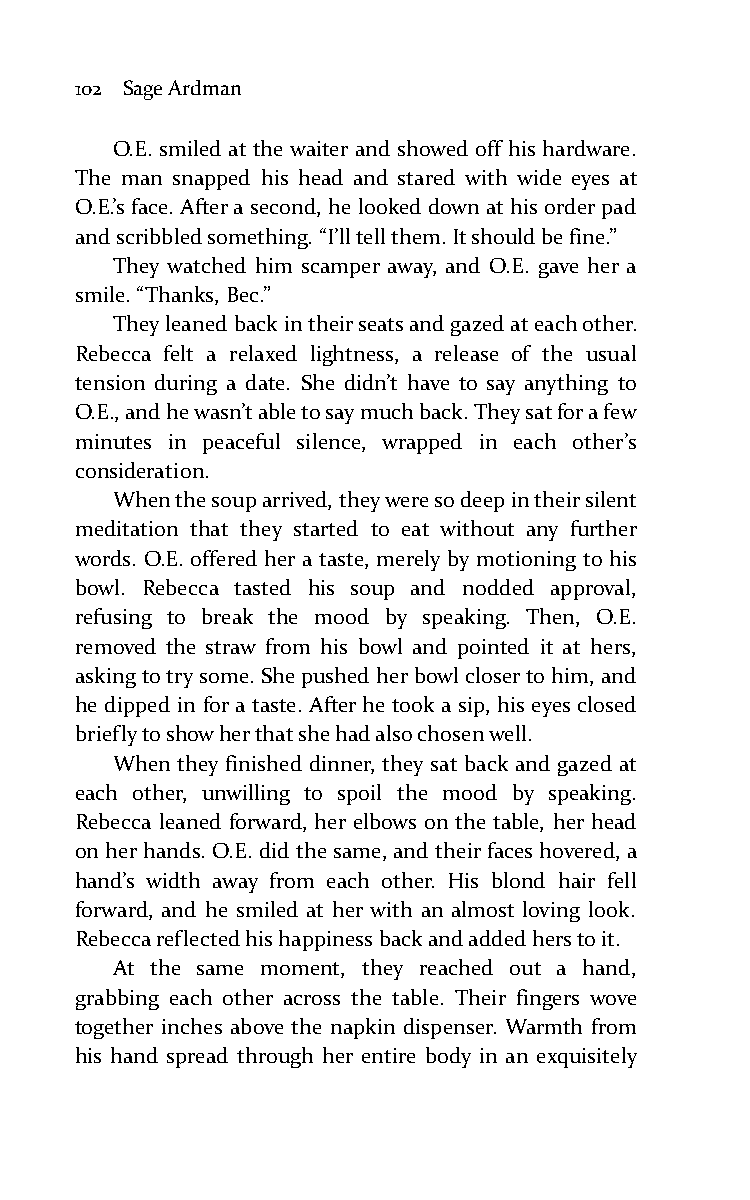
102 Sage Ardman
 O.E. smiled at the waiter and showed off his hardware.
 The man snapped his head and stared with wide eyes at
 O.E.’s face. After a second, he looked down at his order pad
 and scribbled something. “I’ll tell them. It should be fine.”
 They watched him scamper away, and O.E. gave her a
 smile. “Thanks, Bec.”
 They leaned back in their seats and gazed at each other.
 Rebecca felt a relaxed lightness, a release of the usual
 tension during a date. She didn’t have to say anything to
 O.E., and he wasn’t able to say much back. They sat for a few
 minutes in peaceful silence, wrapped in each other’s
 consideration.
 When the soup arrived, they were so deep in their silent
 meditation that they started to eat without any further
 words. O.E. offered her a taste, merely by motioning to his
 bowl. Rebecca tasted his soup and nodded approval,
 refusing to break the mood by speaking. Then, O.E.
 removed the straw from his bowl and pointed it at hers,
 asking to try some. She pushed her bowl closer to him, and
 he dipped in for a taste. After he took a sip, his eyes closed
 briefly to show her that she had also chosen well.
 When they finished dinner, they sat back and gazed at
 each other, unwilling to spoil the mood by speaking.
 Rebecca leaned forward, her elbows on the table, her head
 on her hands. O.E. did the same, and their faces hovered, a
 hand’s width away from each other. His blond hair fell
 forward, and he smiled at her with an almost loving look.
 Rebecca reflected his happiness back and added hers to it.
 At the same moment, they reached out a hand,
 grabbing each other across the table. Their fingers wove
 together inches above the napkin dispenser. Warmth from
 his hand spread through her entire body in an exquisitely